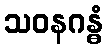
သဝနဂန္ဓံ